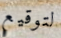
لتوقيع